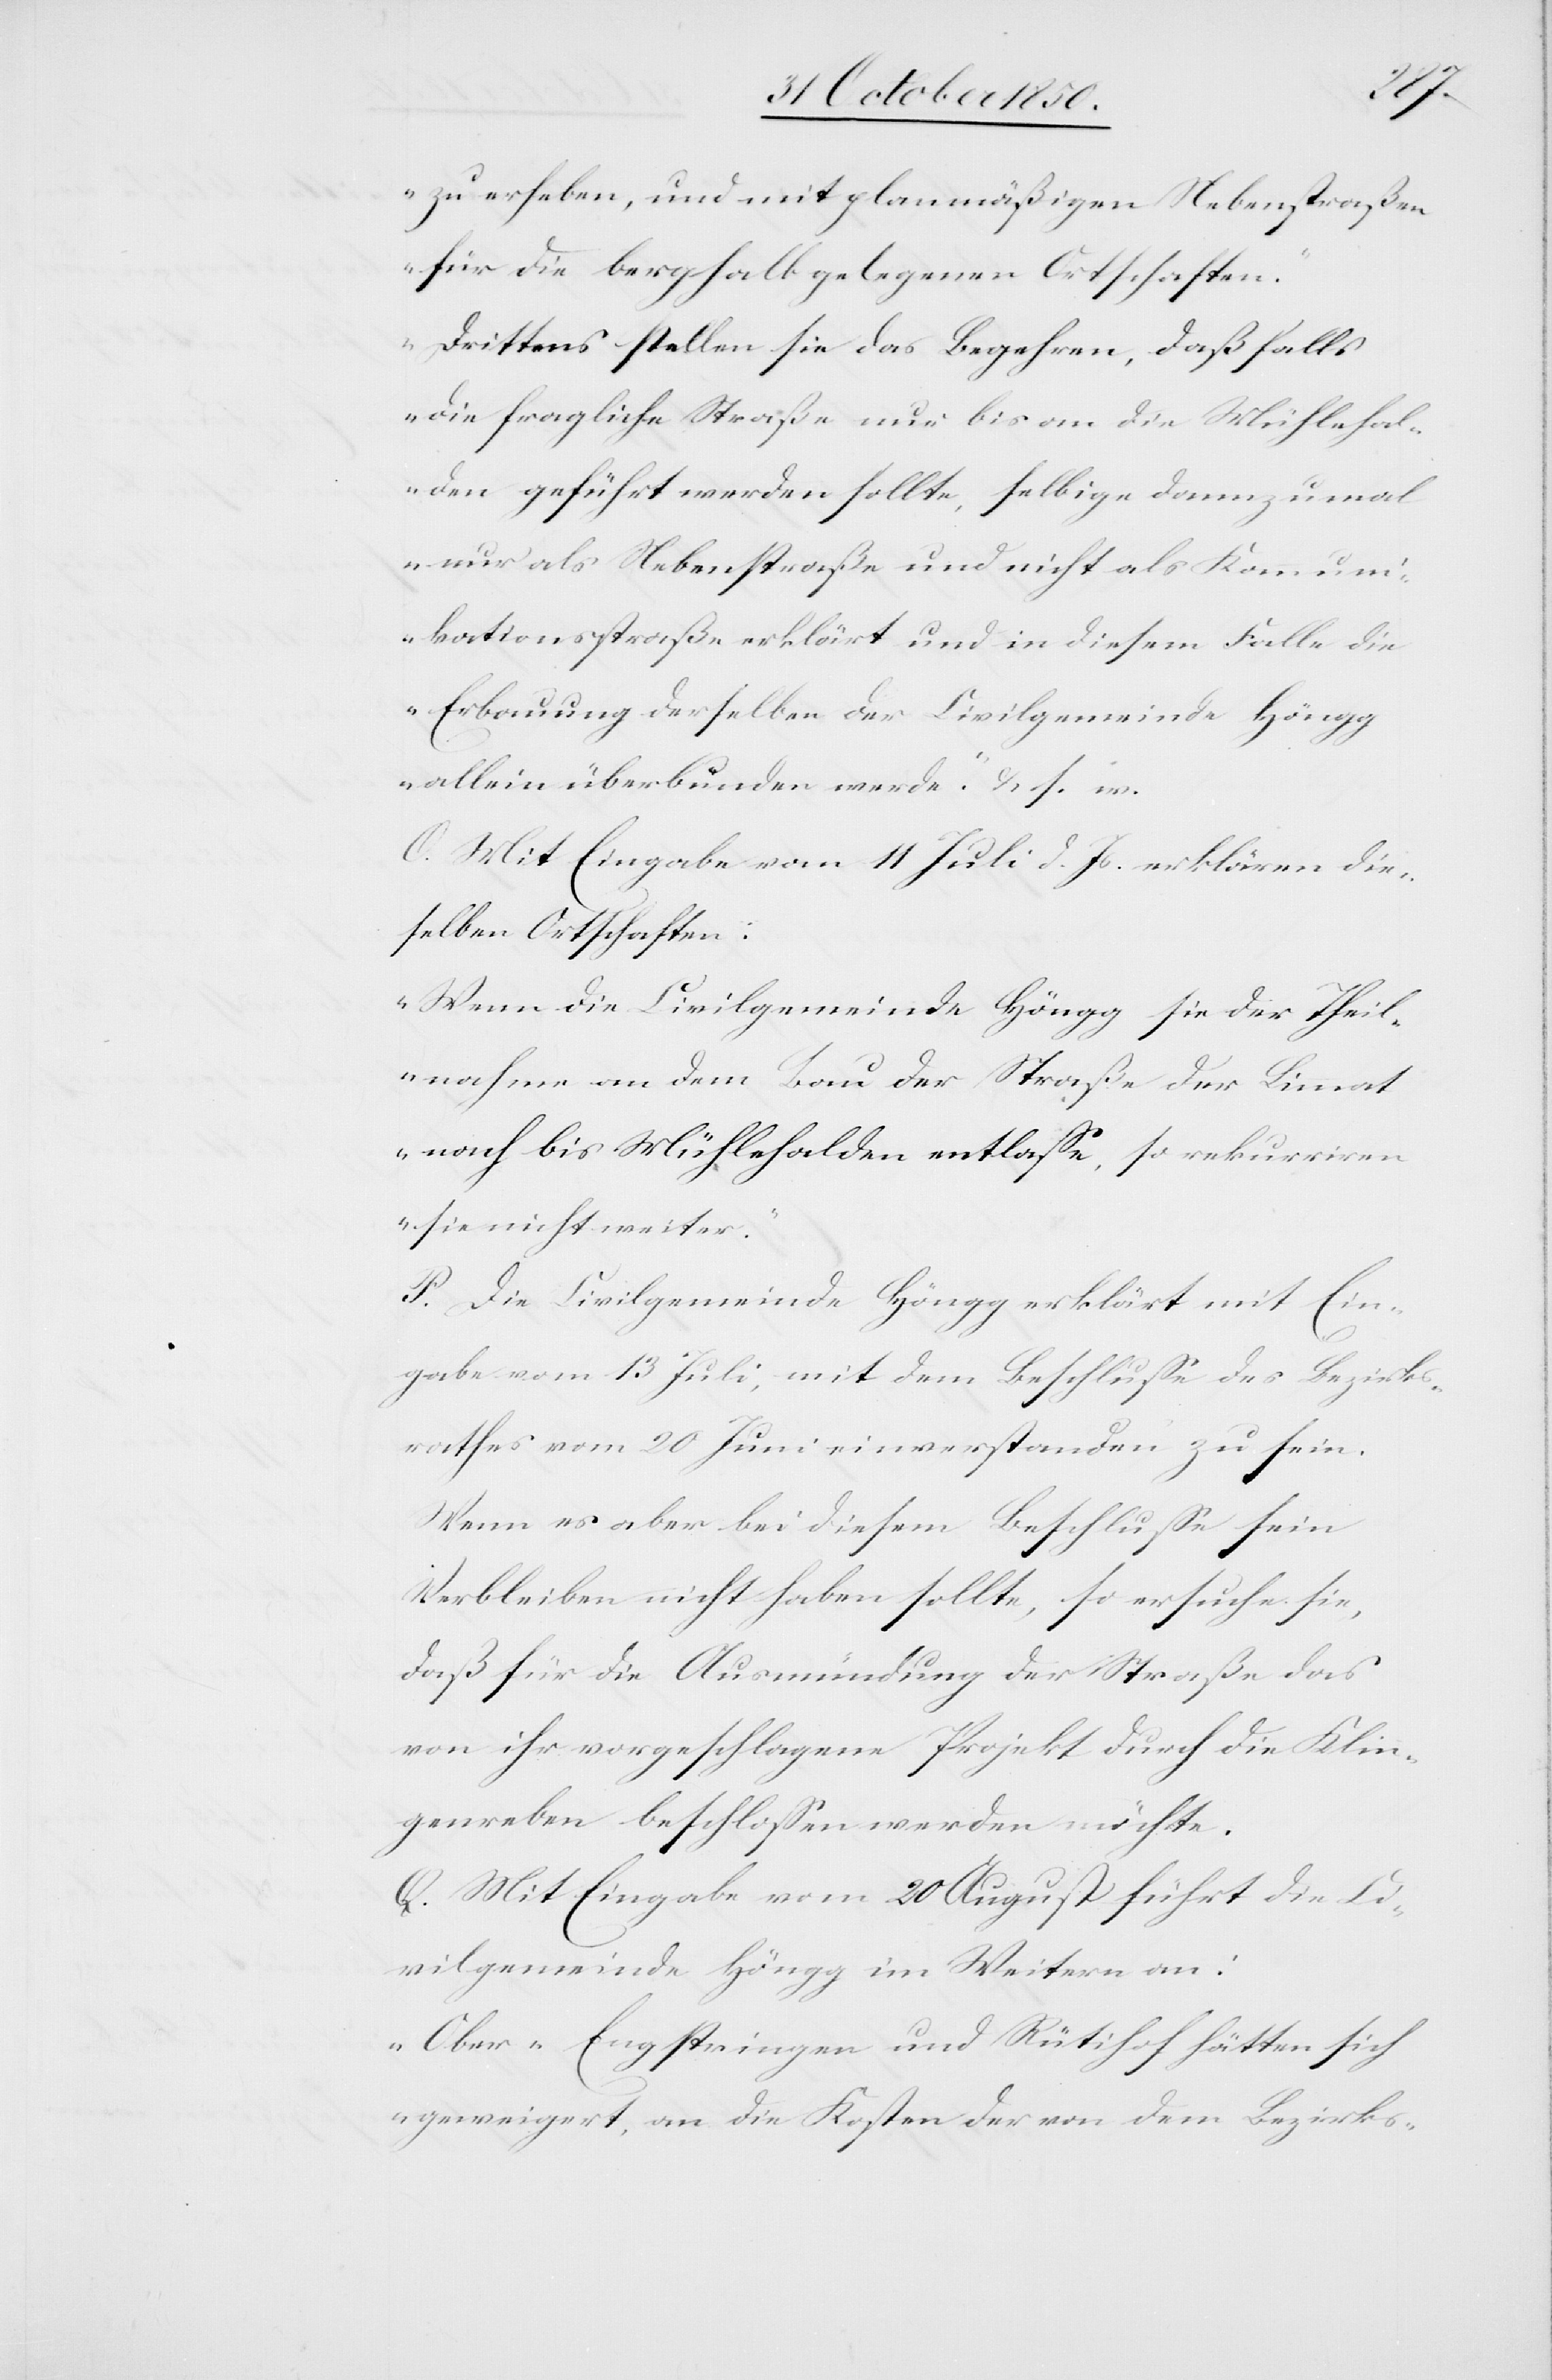
zu erheben, und mit planmäßigen Nebenstraßen
für die berghalb gelegenen Ortschaften.“
„Drittens stellen sie das Begehren, daß falls
die fragliche Straße nur bis an die Mühlehal¬
den geführt werden sollte, selbige dannzumal
nur als Nebenstraße und nicht als Kommuni¬
kationsstraße erklärt und in diesem Falle die
Erbauung derselben der Civilgemeinde Höngg
allein überbunden werde“ & s. w.
O. Mit Eingabe vom 11 Juli d. Js. erklären die¬
selben Ortschaften:
„Wenn die Civilgemeinde Höngg sie der Theil¬
nahme an dem Bau der Straße der Limmat
nach bis Mühlehalden entlasse, so rekurriren
sie nicht weiter.“
P. Die Civilgemeinde Höngg erklärt mit Ein¬
gabe vom 13 Juli, mit dem Beschlusse des Bezirks¬
rathes vom 20 Juni einverstanden zu sein.
Wenn es aber bei diesem Belschlusse sein
Verbleiben nicht haben sollte, so ersuche sie,
daß für die Ausmündung der Straße das
von ihr vorgeschlagene Projekt durch die Klin¬
genreben beschlossen werden möchte.
Q. Mit Eingabe vom 20 August führt die Ci¬
vilgemeinde Höngg im Weitern an:
„Ober-Engstringen und Rütihof hätten sich
geweigert, an die Kosten der von dem Bezirks-